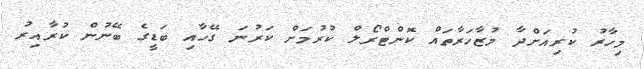
މިހާރު ކުރިއަށްދާ މުޒާހަރާތައް ކޮންޓްރޯލް ކުރުމަށް ކަރުނަ ގޭހާއި ބަޑީގެ ބޭނުން ކުރާއިރު